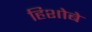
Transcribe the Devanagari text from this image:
हिशोबे